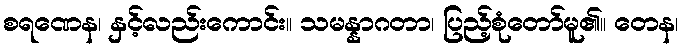
စရဏေန၊ နှင့်လည်းကောင်း။ သမန္နာဂတာ၊ ပြည့်စုံတော်မူ၏။ တေန၊